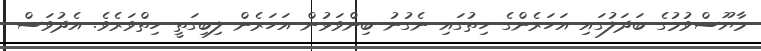
މާޔޫސްވުމުގެ ބަދަލުގައި އަހަރެންގެ ހިތުގައި ނެގުނު ބިންވަޅުން އަހަރެން ލިބިގަތީ ހިތްވަރެވެ. އެދުވަސް